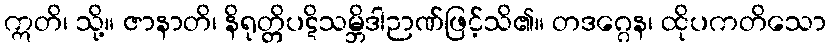
ဣတိ၊ သို့။ ဇာနာတိ၊ နိရုတ္တိပဋိသမ္ဘိဒါဉာဏ်ဖြင့်သိ၏။ တဒဂ္ဂေန၊ ထိုပကတိသော